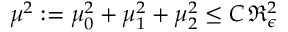
\mu ^ { 2 } : = \mu _ { 0 } ^ { 2 } + \mu _ { 1 } ^ { 2 } + \mu _ { 2 } ^ { 2 } \le C \, \mathfrak { R } _ { \epsilon } ^ { 2 }